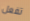
تفعل